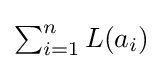
{\textstyle \sum _{i=1}^{n}L(a_{i})}